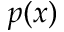
p ( x )